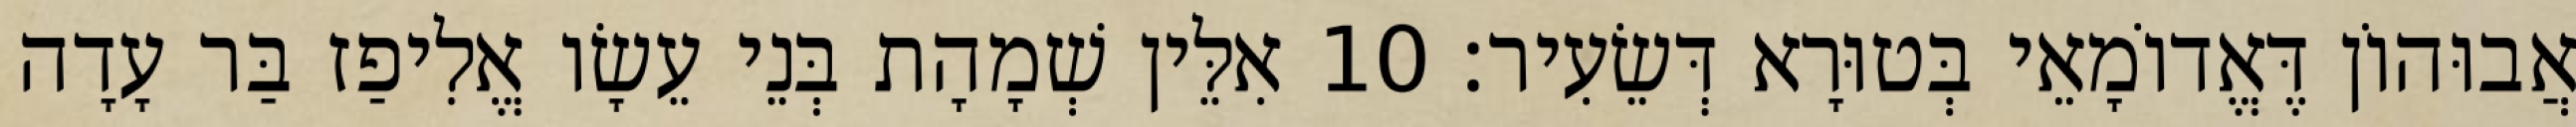
אֲבוּהוֹן דֶּאֱדוֹמָאֵי בְּטוּרָא דְּשֵׂעִיר׃ 10 אִלֵּין שְׁמָהָת בְּנֵי עֵשָׂו אֱלִיפַז בַּר עָדָה